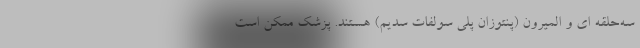
سه‌حلقه ای و المیرون (پنتوزان پلی سولفات سدیم) هستند. پزشک ممکن است